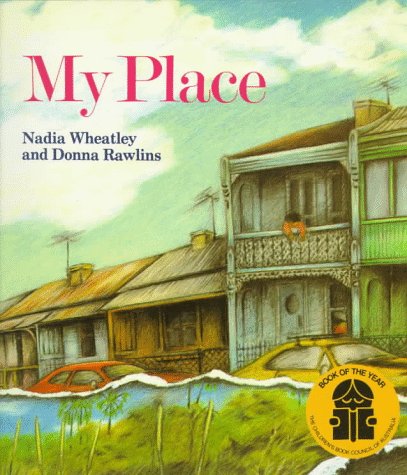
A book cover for My Place; Nadia Wheatley; Children's Books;